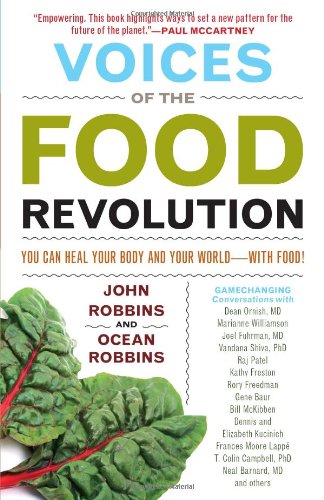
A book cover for Voices of the Food Revolution: You Can Heal Your Body and Your World with Food!; John Robbins; Medical Books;